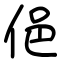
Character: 俋